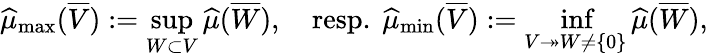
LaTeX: \begin{array}{r}{\widehat{\mu}_{\operatorname*{max}}(\overline{{V}}):=\displaystyle\operatorname*{sup}_{W\subset V}\widehat\mu(\overline{{W}}),\quad\mathrm{resp.~}\widehat{\mu}_{\operatorname*{min}}(\overline{{V}}):=\operatorname*{inf}_{V\twoheadrightarrow W\neq\{ 0\} }\widehat\mu(\overline{{W}}),}\end{array}